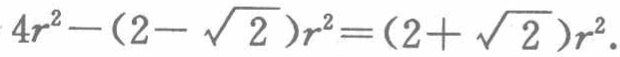
\(4r^{2}-(2 - \sqrt{2})r^{2}=(2 + \sqrt{2})r^{2}\)